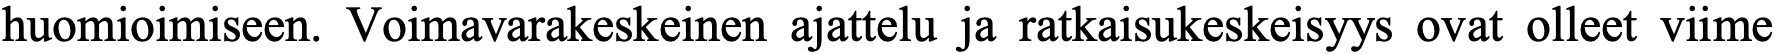
huomioimiseen. Voimavarakeskeinen ajattelu ja ratkaisukeskeisyys ovat olleet viime